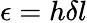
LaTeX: \epsilon=h\delta l